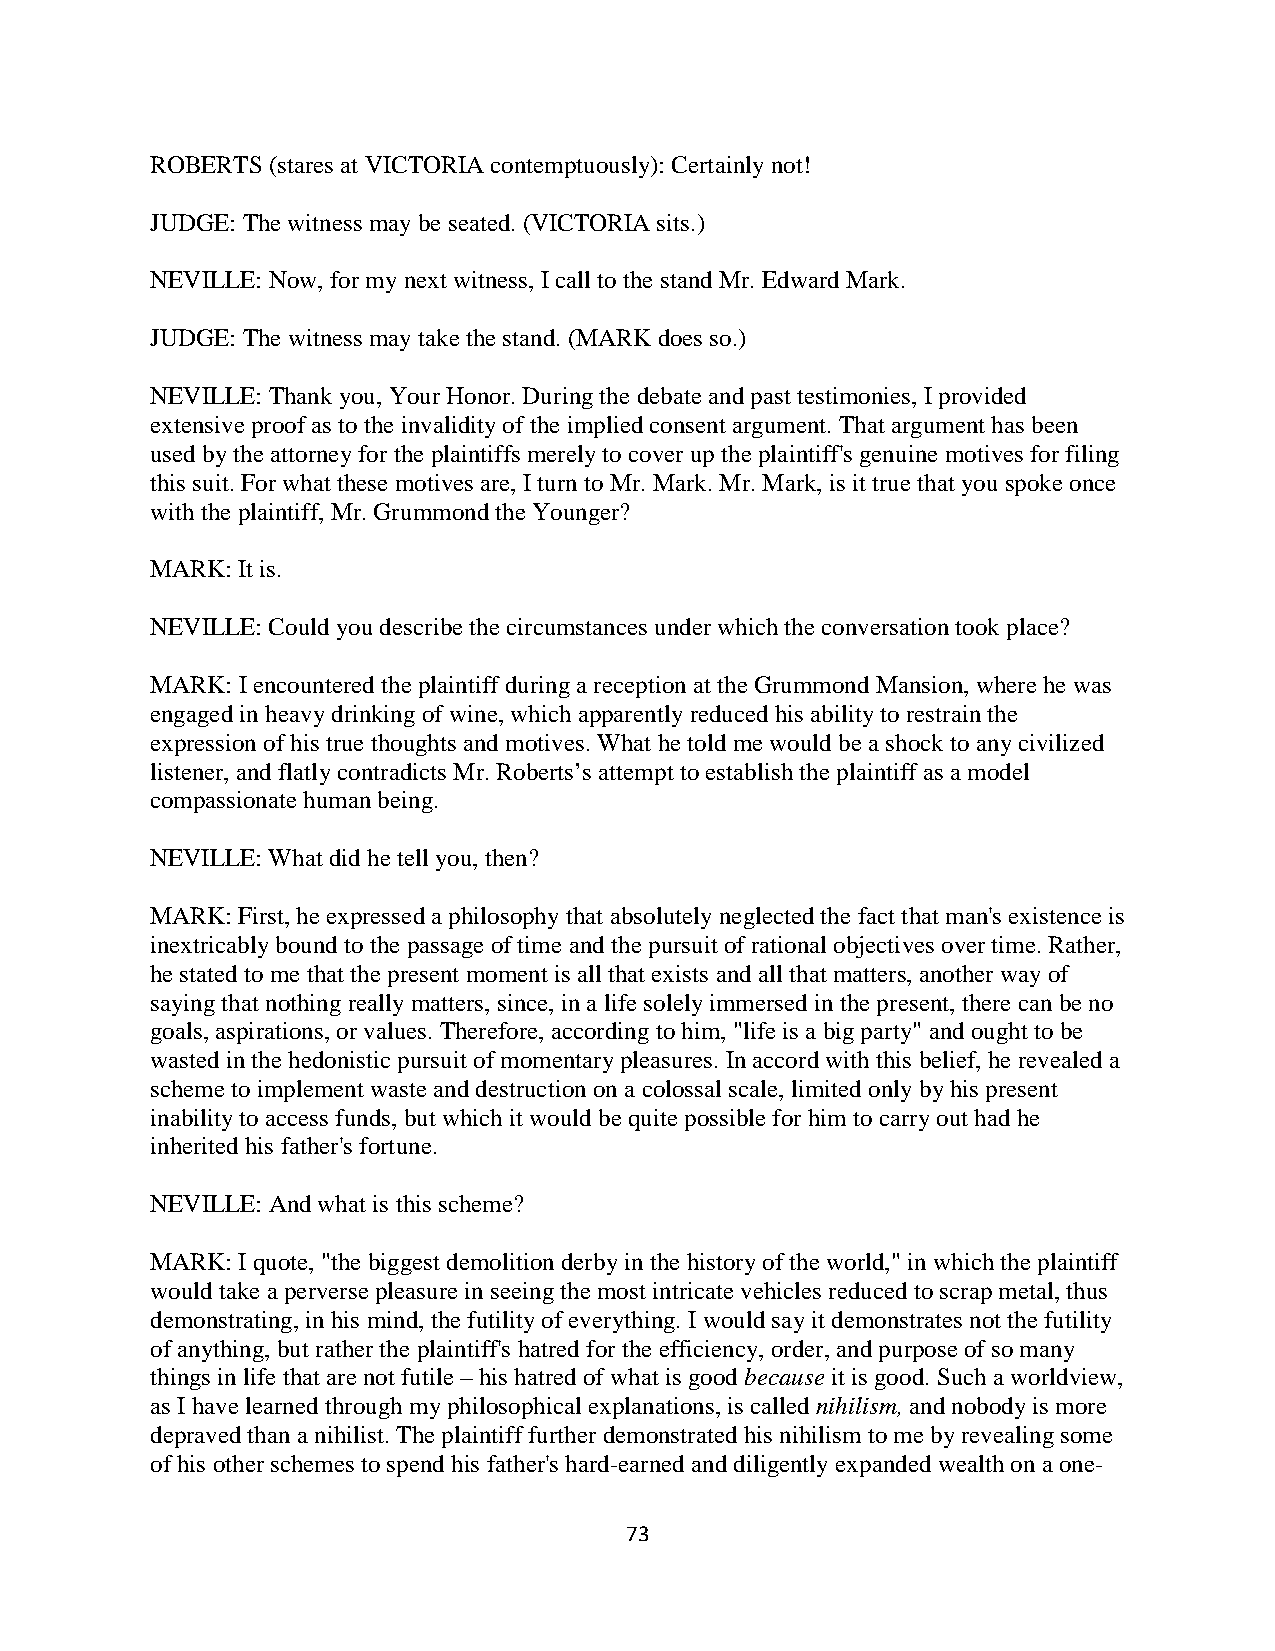
ROBERTS (stares at VICTORIA contemptuously): Certainly not!
 JUDGE: The witness may be seated. (VICTORIA sits.)
 NEVILLE: Now, for my next witness, I call to the stand Mr. Edward Mark.
 JUDGE: The witness may take the stand. (MARK does so.)
 NEVILLE: Thank you, Your Honor. During the debate and past testimonies, I provided
 extensive proof as to the invalidity of the implied consent argument. That argument has been
 used by the attorney for the plaintiffs merely to cover up the plaintiff's genuine motives for filing
 this suit. For what these motives are, I turn to Mr. Mark. Mr. Mark, is it true that you spoke once
 with the plaintiff, Mr. Grummond the Younger?
 MARK: It is.
 NEVILLE: Could you describe the circumstances under which the conversation took place?
 MARK: I encountered the plaintiff during a reception at the Grummond Mansion, where he was
 engaged in heavy drinking of wine, which apparently reduced his ability to restrain the
 expression of his true thoughts and motives. What he told me would be a shock to any civilized
 listener, and flatly contradicts Mr. Roberts’s attempt to establish the plaintiff as a model
 compassionate human being.
 NEVILLE: What did he tell you, then?
 MARK: First, he expressed a philosophy that absolutely neglected the fact that man's existence is
 inextricably bound to the passage of time and the pursuit of rational objectives over time. Rather,
 he stated to me that the present moment is all that exists and all that matters, another way of
 saying that nothing really matters, since, in a life solely immersed in the present, there can be no
 goals, aspirations, or values. Therefore, according to him, "life is a big party" and ought to be
 wasted in the hedonistic pursuit of momentary pleasures. In accord with this belief, he revealed a
 scheme to implement waste and destruction on a colossal scale, limited only by his present
 inability to access funds, but which it would be quite possible for him to carry out had he
 inherited his father's fortune.
 NEVILLE: And what is this scheme?
 MARK: I quote, "the biggest demolition derby in the history of the world," in which the plaintiff
 would take a perverse pleasure in seeing the most intricate vehicles reduced to scrap metal, thus
 demonstrating, in his mind, the futility of everything. I would say it demonstrates not the futility
 of anything, but rather the plaintiff's hatred for the efficiency, order, and purpose of so many
 things in life that are not futile – his hatred of what is good because it is good. Such a worldview,
 as I have learned through my philosophical explanations, is called nihilism, and nobody is more
 depraved than a nihilist. The plaintiff further demonstrated his nihilism to me by revealing some
 of his other schemes to spend his father's hard-earned and diligently expanded wealth on a one-
 73